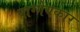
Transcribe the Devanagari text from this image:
वाग्गेयकार